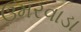
ઉમરવાડા